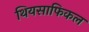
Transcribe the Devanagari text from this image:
थियसाफिकल